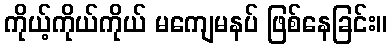
ကိုယ့်ကိုယ်ကိုယ် မကျေမနပ် ဖြစ်နေခြင်း။